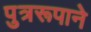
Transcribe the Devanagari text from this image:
पुत्ररूपाने